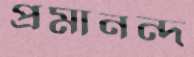
প্রমানন্দ